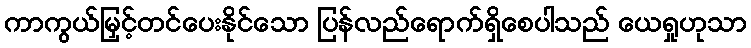
ကာကွယ်မြှင့်တင်ပေးနိုင်သော ပြန်လည်ရောက်ရှိစေပါသည် ယေရှုဟုသာ